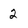
Character: 2